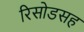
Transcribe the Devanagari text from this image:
रिसोडसह